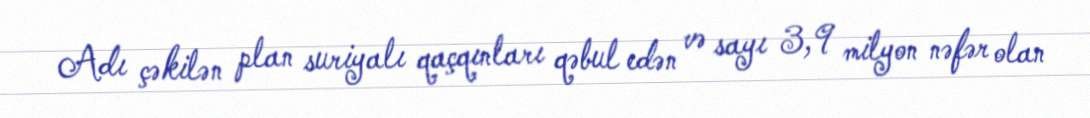
Adı çəkilən plan suriyalı qaçqınları qəbul edən və sayı 3,9 milyon nəfər olan